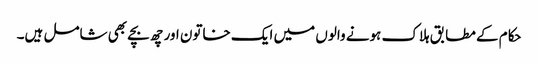
حکام کے مطابق ہلاک ہونے والوں میں ایک خاتون اور چھ بچے بھی شامل ہیں۔